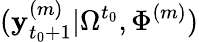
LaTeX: (\mathbf{y}_{t_{0}+1}^{(m)}|\Omega^{t_{0}},\Phi^{(m)})